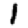
Digit: 1